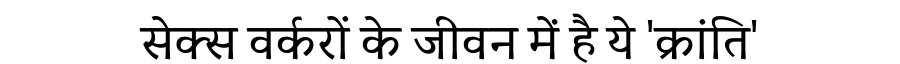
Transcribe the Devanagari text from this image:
सेक्स वर्करों के जीवन में है ये 'क्रांति'